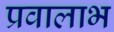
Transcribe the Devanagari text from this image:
प्रवालाभ